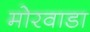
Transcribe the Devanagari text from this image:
मोरवाडा